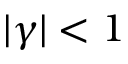
| \gamma | < 1